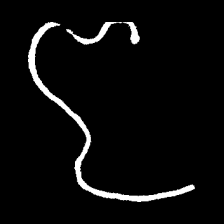
Pyu character \u2014 Myanmar letter: ဇ (romanized: ja)